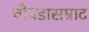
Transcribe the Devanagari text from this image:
चौघडासम्राट